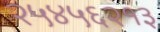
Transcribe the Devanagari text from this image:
२५४५६२१३